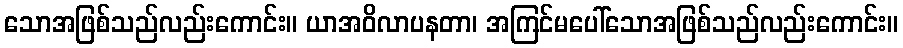
သောအဖြစ်သည်လည်းကောင်း။ ယာအဝိလာပနတာ၊ အကြင်မပေါ်သောအဖြစ်သည်လည်းကောင်း။